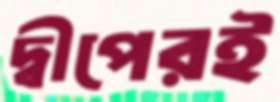
দ্বীপেরই